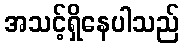
အသင့်ရှိနေပါသည်